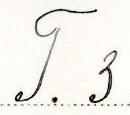
T. 3